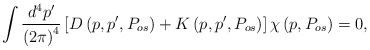
\begin{align*}\int \frac{d^{4}p^{\prime }}{\left( 2\pi \right) ^{4}}\left[ {D}\left(p,p^{\prime },P_{os}\right) +{K}\left( p,p^{\prime },P_{os}\right)\right] {\chi }\left( p,P_{os}\right) =0, \end{align*}